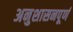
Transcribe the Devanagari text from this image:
अनुशासनपूर्ण